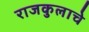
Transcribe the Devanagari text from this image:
राजकुलाचे